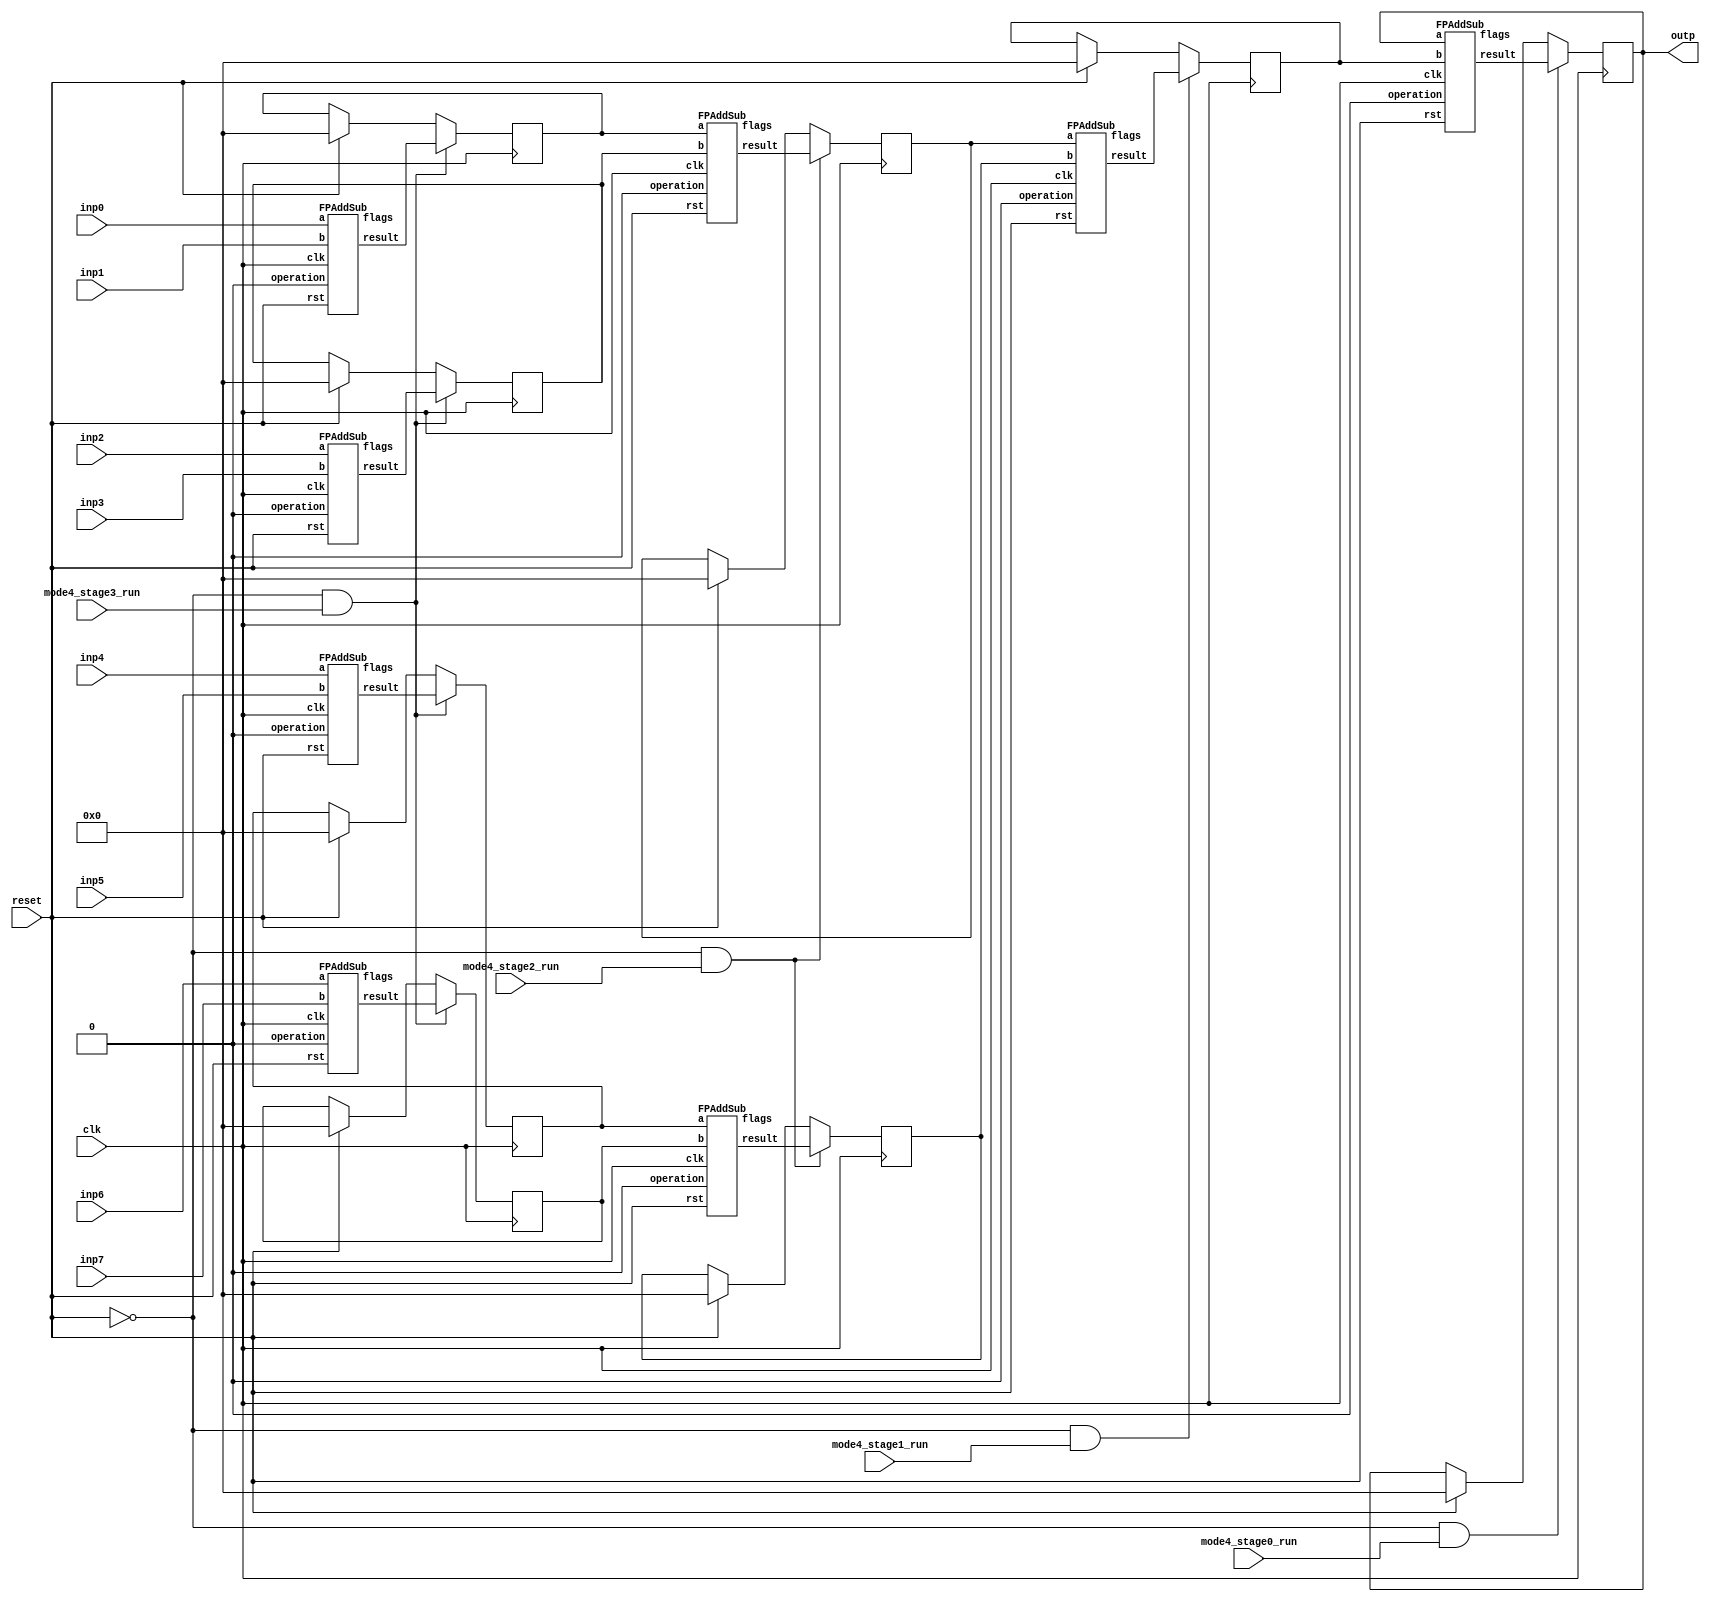
`define DEFINES_DONE
`define EXPONENT 5
`define MANTISSA 10
`define SIGN 1
`define DATAWIDTH (`SIGN+`EXPONENT+`MANTISSA)
`define IEEE_COMPLIANCE 1
`define NUM 8
`define ADDRSIZE 7
`define ADDRSIZE_FOR_TB 10
`define EXPONENT 5
`define MANTISSA 10
`define ACTUAL_MANTISSA 11
`define EXPONENT_LSB 10
`define EXPONENT_MSB 14
`define MANTISSA_LSB 0
`define MANTISSA_MSB 9
`define MANTISSA_MUL_SPLIT_LSB 3
`define MANTISSA_MUL_SPLIT_MSB 9
`define SIGN 1
`define SIGN_LOC 15
`define DWIDTH (`SIGN+`EXPONENT+`MANTISSA)
`define IEEE_COMPLIANCE 1
`define EXPONENT 5
`define MANTISSA 10
`define ACTUAL_MANTISSA 11
`define EXPONENT_LSB 10
`define EXPONENT_MSB 14
`define MANTISSA_LSB 0
`define MANTISSA_MSB 9
`define MANTISSA_MUL_SPLIT_LSB 3
`define MANTISSA_MUL_SPLIT_MSB 9
`define SIGN 1
`define SIGN_LOC 15
`define DWIDTH (`SIGN+`EXPONENT+`MANTISSA)
`define IEEE_COMPLIANCE 1
`define EXPONENT 5
`define MANTISSA 10
`define ACTUAL_MANTISSA 11
`define EXPONENT_LSB 10
`define EXPONENT_MSB 14
`define MANTISSA_LSB 0
`define MANTISSA_MSB 9
`define MANTISSA_MUL_SPLIT_LSB 3
`define MANTISSA_MUL_SPLIT_MSB 9
`define SIGN 1
`define SIGN_LOC 15
`define DWIDTH (`SIGN+`EXPONENT+`MANTISSA)
`define IEEE_COMPLIANCE 1

module mode4_adder_tree(
  inp0, 
  inp1, 
  inp2, 
  inp3, 
  inp4, 
  inp5, 
  inp6, 
  inp7, 
  mode4_stage0_run,
  mode4_stage1_run,
  mode4_stage2_run,
  mode4_stage3_run,

  clk,
  reset,
  outp
);

  input clk;
  input reset;
  input  [`DATAWIDTH-1 : 0] inp0; 
  input  [`DATAWIDTH-1 : 0] inp1; 
  input  [`DATAWIDTH-1 : 0] inp2; 
  input  [`DATAWIDTH-1 : 0] inp3; 
  input  [`DATAWIDTH-1 : 0] inp4; 
  input  [`DATAWIDTH-1 : 0] inp5; 
  input  [`DATAWIDTH-1 : 0] inp6; 
  input  [`DATAWIDTH-1 : 0] inp7; 
  output [`DATAWIDTH-1 : 0] outp;
  input mode4_stage0_run;
  input mode4_stage1_run;
  input mode4_stage2_run;
  input mode4_stage3_run;

  wire   [`DATAWIDTH-1 : 0] add0_out_stage3;
  reg    [`DATAWIDTH-1 : 0] add0_out_stage3_reg;
  wire   [`DATAWIDTH-1 : 0] add1_out_stage3;
  reg    [`DATAWIDTH-1 : 0] add1_out_stage3_reg;
  wire   [`DATAWIDTH-1 : 0] add2_out_stage3;
  reg    [`DATAWIDTH-1 : 0] add2_out_stage3_reg;
  wire   [`DATAWIDTH-1 : 0] add3_out_stage3;
  reg    [`DATAWIDTH-1 : 0] add3_out_stage3_reg;

  wire   [`DATAWIDTH-1 : 0] add0_out_stage2;
  reg    [`DATAWIDTH-1 : 0] add0_out_stage2_reg;
  wire   [`DATAWIDTH-1 : 0] add1_out_stage2;
  reg    [`DATAWIDTH-1 : 0] add1_out_stage2_reg;

  wire   [`DATAWIDTH-1 : 0] add0_out_stage1;
  reg    [`DATAWIDTH-1 : 0] add0_out_stage1_reg;

  wire   [`DATAWIDTH-1 : 0] add0_out_stage0;
  reg    [`DATAWIDTH-1 : 0] outp;

//  always @(posedge clk) begin
//    if (reset) begin
//      outp <= 0;
//      add0_out_stage3_reg <= 0;
//      add1_out_stage3_reg <= 0;
//      add2_out_stage3_reg <= 0;
//      add3_out_stage3_reg <= 0;
//      add0_out_stage2_reg <= 0;
//      add1_out_stage2_reg <= 0;
//      add0_out_stage1_reg <= 0;
//    end
//
//    if(~reset && mode4_stage3_run) begin
//      add0_out_stage3_reg <= add0_out_stage3;
//      add1_out_stage3_reg <= add1_out_stage3;
//      add2_out_stage3_reg <= add2_out_stage3;
//      add3_out_stage3_reg <= add3_out_stage3;
//    end
//
//    if(~reset && mode4_stage2_run) begin
//      add0_out_stage2_reg <= add0_out_stage2;
//      add1_out_stage2_reg <= add1_out_stage2;
//    end
//
//    if(~reset && mode4_stage1_run) begin
//      add0_out_stage1_reg <= add0_out_stage1;
//    end
//
//    if(~reset && mode4_stage0_run) begin
//      outp <= add0_out_stage0;
//    end
//
//  end


always @ (posedge clk) begin
	if(~reset && mode4_stage3_run) begin
      add0_out_stage3_reg <= add0_out_stage3;
      add1_out_stage3_reg <= add1_out_stage3;
      add2_out_stage3_reg <= add2_out_stage3;
      add3_out_stage3_reg <= add3_out_stage3;
    end
	
	else if (reset) begin
		add0_out_stage3_reg <= 0;
		add1_out_stage3_reg <= 0;
		add2_out_stage3_reg <= 0;
		add3_out_stage3_reg <= 0;
	end
end		

always @ (posedge clk) begin
	if(~reset && mode4_stage2_run) begin
      add0_out_stage2_reg <= add0_out_stage2;
      add1_out_stage2_reg <= add1_out_stage2;
    end
	
	else if (reset) begin
		add0_out_stage2_reg <= 0;
		add1_out_stage2_reg <= 0;
	end
end		

always @ (posedge clk) begin
	if(~reset && mode4_stage1_run) begin
      add0_out_stage1_reg <= add0_out_stage1;
    end
	else if (reset) begin
	add0_out_stage1_reg <= 0;
	end
end

always @ (posedge clk) begin
	if(~reset && mode4_stage0_run) begin
		outp <= add0_out_stage0;
    end
	else if (reset) begin
		outp <= 0;
	end
end	

  wire clk_NC;
  wire rst_NC;
  wire [4:0] flags_NC0, flags_NC1, flags_NC2, flags_NC3;
  wire [4:0] flags_NC4, flags_NC5, flags_NC6, flags_NC7;

  // 0 add, 1 sub
  FPAddSub add0_stage3(.clk(clk), .rst(reset), .a(inp0),	.b(inp1), .operation(1'b0),	.result(add0_out_stage3), .flags(flags_NC0));
  FPAddSub add1_stage3(.clk(clk), .rst(reset), .a(inp2),	.b(inp3), .operation(1'b0),	.result(add1_out_stage3), .flags(flags_NC1));
  FPAddSub add2_stage3(.clk(clk), .rst(reset), .a(inp4),	.b(inp5), .operation(1'b0),	.result(add2_out_stage3), .flags(flags_NC2));
  FPAddSub add3_stage3(.clk(clk), .rst(reset), .a(inp6),	.b(inp7), .operation(1'b0),	.result(add3_out_stage3), .flags(flags_NC3));

  FPAddSub add0_stage2(.clk(clk), .rst(reset), .a(add0_out_stage3_reg),	.b(add1_out_stage3_reg), .operation(1'b0),	.result(add0_out_stage2), .flags(flags_NC4));
  FPAddSub add1_stage2(.clk(clk), .rst(reset), .a(add2_out_stage3_reg),	.b(add3_out_stage3_reg), .operation(1'b0),	.result(add1_out_stage2), .flags(flags_NC5));

  FPAddSub add0_stage1(.clk(clk), .rst(reset), .a(add0_out_stage2_reg),	.b(add1_out_stage2_reg), .operation(1'b0),	.result(add0_out_stage1), .flags(flags_NC6));

  FPAddSub add0_stage0(.clk(clk), .rst(reset), .a(outp),	.b(add0_out_stage1_reg), .operation(1'b0),	.result(add0_out_stage0), .flags(flags_NC7));


//  DW_fp_add #(`MANTISSA, `EXPONENT, `IEEE_COMPLIANCE) add0_stage3(.a(inp0),       .b(inp1),      .z(add0_out_stage3), .rnd(3'b000),    .status());
//  DW_fp_add #(`MANTISSA, `EXPONENT, `IEEE_COMPLIANCE) add1_stage3(.a(inp2),       .b(inp3),      .z(add1_out_stage3), .rnd(3'b000),    .status());
//  DW_fp_add #(`MANTISSA, `EXPONENT, `IEEE_COMPLIANCE) add2_stage3(.a(inp4),       .b(inp5),      .z(add2_out_stage3), .rnd(3'b000),    .status());
//  DW_fp_add #(`MANTISSA, `EXPONENT, `IEEE_COMPLIANCE) add3_stage3(.a(inp6),       .b(inp7),      .z(add3_out_stage3), .rnd(3'b000),    .status());
//
//  DW_fp_add #(`MANTISSA, `EXPONENT, `IEEE_COMPLIANCE) add0_stage2(.a(add0_out_stage3_reg),       .b(add1_out_stage3_reg),      .z(add0_out_stage2), .rnd(3'b000),    .status());
//  DW_fp_add #(`MANTISSA, `EXPONENT, `IEEE_COMPLIANCE) add1_stage2(.a(add2_out_stage3_reg),       .b(add3_out_stage3_reg),      .z(add1_out_stage2), .rnd(3'b000),    .status());
//
//  DW_fp_add #(`MANTISSA, `EXPONENT, `IEEE_COMPLIANCE) add0_stage1(.a(add0_out_stage2_reg),       .b(add1_out_stage2_reg),      .z(add0_out_stage1), .rnd(3'b000),    .status());
//
//  DW_fp_add #(`MANTISSA, `EXPONENT, `IEEE_COMPLIANCE) add0_stage0(.a(outp),       .b(add0_out_stage1_reg),      .z(add0_out_stage0), .rnd(3'b000),    .status());

endmodule

module FPAddSub(
		clk,
		rst,
		a,
		b,
		operation,			// 0 add, 1 sub
		result,
		flags
	);
	
	// Clock and reset
	input clk ;										// Clock signal
	input rst ;										// Reset (active high, resets pipeline registers)
	
	// Input ports
	input [`DWIDTH-1:0] a ;								// Input A, a 32-bit floating point number
	input [`DWIDTH-1:0] b ;								// Input B, a 32-bit floating point number
	input operation ;								// Operation select signal
	
	// Output ports
	output [`DWIDTH-1:0] result ;						// Result of the operation
	output [4:0] flags ;							// Flags indicating exceptions according to IEEE754
	
	assign flags = 5'b0;
	
`ifdef complex_dsp
adder_fp_clk u_add(.clk(clk), .a(a), .b(b),.out(result));
`else
FPAddSub_16 u_FPAddSub (.clk(clk), .rst(rst), .a(a), .b(b), .operation(1'b0), .result(result), .flags());
`endif
endmodule
module FPAddSub_16(
		//bf16,
		clk,
		rst,
		a,
		b,
		operation,			// 0 add, 1 sub
		result,
		flags
	);
	//input bf16; //1 for Bfloat16, 0 for IEEE half precision

	// Clock and reset
	input clk ;										// Clock signal
	input rst ;										// Reset (active high, resets pipeline registers)
	
	// Input ports
	input [`DWIDTH-1:0] a ;								// Input A, a 32-bit floating point number
	input [`DWIDTH-1:0] b ;								// Input B, a 32-bit floating point number
	input operation ;								// Operation select signal
	
	// Output ports
	output [`DWIDTH-1:0] result ;						// Result of the operation
	output [4:0] flags ;							// Flags indicating exceptions according to IEEE754
	
	// Pipeline Registers
	//reg [79:0] pipe_1;							// Pipeline register PreAlign->Align1
	reg [2*`EXPONENT + 2*`DWIDTH + 5:0] pipe_1;							// Pipeline register PreAlign->Align1

	//reg [67:0] pipe_2;							// Pipeline register Align1->Align3
	//reg [2*`EXPONENT+ 2*`MANTISSA + 8:0] pipe_2;							// Pipeline register Align1->Align3
	wire [2*`EXPONENT+ 2*`MANTISSA + 8:0] pipe_2;

	//reg [76:0] pipe_3;	68						// Pipeline register Align1->Align3
	reg [2*`EXPONENT+ 2*`MANTISSA + 9:0] pipe_3;							// Pipeline register Align1->Align3

	//reg [69:0] pipe_4;							// Pipeline register Align3->Execute
	//reg [2*`EXPONENT+ 2*`MANTISSA + 9:0] pipe_4;							// Pipeline register Align3->Execute
	wire [2*`EXPONENT+ 2*`MANTISSA + 9:0] pipe_4;
	
	//reg [51:0] pipe_5;							// Pipeline register Execute->Normalize
	reg [`DWIDTH+`EXPONENT+11:0] pipe_5;							// Pipeline register Execute->Normalize

	//reg [56:0] pipe_6;							// Pipeline register Nomalize->NormalizeShift1
	//reg [`DWIDTH+`EXPONENT+16:0] pipe_6;							// Pipeline register Nomalize->NormalizeShift1
	wire [`DWIDTH+`EXPONENT+16:0] pipe_6;

	//reg [56:0] pipe_7;							// Pipeline register NormalizeShift2->NormalizeShift3
	//reg [`DWIDTH+`EXPONENT+16:0] pipe_7;							// Pipeline register NormalizeShift2->NormalizeShift3
	wire [`DWIDTH+`EXPONENT+16:0] pipe_7;
	//reg [54:0] pipe_8;							// Pipeline register NormalizeShift3->Round
	reg [`EXPONENT*2+`MANTISSA+15:0] pipe_8;							// Pipeline register NormalizeShift3->Round

	//reg [40:0] pipe_9;							// Pipeline register NormalizeShift3->Round
	//reg [`DWIDTH+8:0] pipe_9;							// Pipeline register NormalizeShift3->Round
	wire [`DWIDTH+8:0] pipe_9;

	// Internal wires between modules
	wire [`DWIDTH-2:0] Aout_0 ;							// A - sign
	wire [`DWIDTH-2:0] Bout_0 ;							// B - sign
	wire Opout_0 ;									// A's sign
	wire Sa_0 ;										// A's sign
	wire Sb_0 ;										// B's sign
	wire MaxAB_1 ;									// Indicates the larger of A and B(0/A, 1/B)
	wire [`EXPONENT-1:0] CExp_1 ;							// Common Exponent
	wire [`EXPONENT-1:0] Shift_1 ;							// Number of steps to smaller mantissa shift right (align)
	wire [`MANTISSA-1:0] Mmax_1 ;							// Larger mantissa
	wire [4:0] InputExc_0 ;						// Input numbers are exceptions
	wire [2*`EXPONENT-1:0] ShiftDet_0 ;
	wire [`MANTISSA-1:0] MminS_1 ;						// Smaller mantissa after 0/16 shift
	wire [`MANTISSA:0] MminS_2 ;						// Smaller mantissa after 0/4/8/12 shift
	wire [`MANTISSA:0] Mmin_3 ;							// Smaller mantissa after 0/1/2/3 shift
	wire [`DWIDTH:0] Sum_4 ;
	wire PSgn_4 ;
	wire Opr_4 ;
	wire [`EXPONENT-1:0] Shift_5 ;							// Number of steps to shift sum left (normalize)
	wire [`DWIDTH:0] SumS_5 ;							// Sum after 0/16 shift
	wire [`DWIDTH:0] SumS_6 ;							// Sum after 0/16 shift
	wire [`DWIDTH:0] SumS_7 ;							// Sum after 0/16 shift
	wire [`MANTISSA-1:0] NormM_8 ;						// Normalized mantissa
	wire [`EXPONENT:0] NormE_8;							// Adjusted exponent
	wire ZeroSum_8 ;								// Zero flag
	wire NegE_8 ;									// Flag indicating negative exponent
	wire R_8 ;										// Round bit
	wire S_8 ;										// Final sticky bit
	wire FG_8 ;										// Final sticky bit
	wire [`DWIDTH-1:0] P_int ;
	wire EOF ;
	
	// Prepare the operands for alignment and check for exceptions
	FPAddSub_PrealignModule PrealignModule
	(	// Inputs
		a, b, operation,
		// Outputs
		Sa_0, Sb_0, ShiftDet_0[2*`EXPONENT-1:0], InputExc_0[4:0], Aout_0[`DWIDTH-2:0], Bout_0[`DWIDTH-2:0], Opout_0) ;
		
	// Prepare the operands for alignment and check for exceptions
	FPAddSub_AlignModule AlignModule
	(	// Inputs
		pipe_1[2*`EXPONENT + 2*`DWIDTH + 4: 2*`EXPONENT +`DWIDTH + 6], pipe_1[2*`EXPONENT +`DWIDTH + 5 :  2*`EXPONENT +7], pipe_1[2*`EXPONENT+4:5],
		// Outputs
		CExp_1[`EXPONENT-1:0], MaxAB_1, Shift_1[`EXPONENT-1:0], MminS_1[`MANTISSA-1:0], Mmax_1[`MANTISSA-1:0]) ;	

	// Alignment Shift Stage 1
	FPAddSub_AlignShift1 AlignShift1
	(  // Inputs
		//bf16, 
		pipe_2[`MANTISSA-1:0], pipe_2[`EXPONENT+ 2*`MANTISSA + 4 : 2*`MANTISSA + 7],
		// Outputs
		MminS_2[`MANTISSA:0]) ;

	// Alignment Shift Stage 3 and compution of guard and sticky bits
	FPAddSub_AlignShift2 AlignShift2  
	(  // Inputs
		pipe_3[`MANTISSA:0], pipe_3[2*`MANTISSA+7:2*`MANTISSA+6],
		// Outputs
		Mmin_3[`MANTISSA:0]) ;
						
	// Perform mantissa addition
	FPAddSub_ExecutionModule ExecutionModule
	(  // Inputs
		pipe_4[`MANTISSA*2+5:`MANTISSA+6], pipe_4[`MANTISSA:0], pipe_4[2*`EXPONENT+ 2*`MANTISSA + 8], pipe_4[2*`EXPONENT+ 2*`MANTISSA + 7], pipe_4[2*`EXPONENT+ 2*`MANTISSA + 6], pipe_4[2*`EXPONENT+ 2*`MANTISSA + 9],
		// Outputs
		Sum_4[`DWIDTH:0], PSgn_4, Opr_4) ;
	
	// Prepare normalization of result
	FPAddSub_NormalizeModule NormalizeModule
	(  // Inputs
		pipe_5[`DWIDTH:0], 
		// Outputs
		SumS_5[`DWIDTH:0], Shift_5[4:0]) ;
					
	// Normalization Shift Stage 1
	FPAddSub_NormalizeShift1 NormalizeShift1
	(  // Inputs
		pipe_6[`DWIDTH:0], pipe_6[`DWIDTH+`EXPONENT+14:`DWIDTH+`EXPONENT+11],
		// Outputs
		SumS_7[`DWIDTH:0]) ;
		
	// Normalization Shift Stage 3 and final guard, sticky and round bits
	FPAddSub_NormalizeShift2 NormalizeShift2
	(  // Inputs
		pipe_7[`DWIDTH:0], pipe_7[`DWIDTH+`EXPONENT+5:`DWIDTH+6], pipe_7[`DWIDTH+`EXPONENT+15:`DWIDTH+`EXPONENT+11],
		// Outputs
		NormM_8[`MANTISSA-1:0], NormE_8[`EXPONENT:0], ZeroSum_8, NegE_8, R_8, S_8, FG_8) ;

	// Round and put result together
	FPAddSub_RoundModule RoundModule
	(  // Inputs
		 pipe_8[3], pipe_8[4+`EXPONENT:4], pipe_8[`EXPONENT+`MANTISSA+4:5+`EXPONENT], pipe_8[1], pipe_8[0], pipe_8[`EXPONENT*2+`MANTISSA+15], pipe_8[`EXPONENT*2+`MANTISSA+12], pipe_8[`EXPONENT*2+`MANTISSA+11], pipe_8[`EXPONENT*2+`MANTISSA+14], pipe_8[`EXPONENT*2+`MANTISSA+10], 
		// Outputs
		P_int[`DWIDTH-1:0], EOF) ;
	
	// Check for exceptions
	FPAddSub_ExceptionModule Exceptionmodule
	(  // Inputs
		pipe_9[8+`DWIDTH:9], pipe_9[8], pipe_9[7], pipe_9[6], pipe_9[5:1], pipe_9[0], 
		// Outputs
		result[`DWIDTH-1:0], flags[4:0]) ;			
	

assign pipe_2 = {pipe_1[2*`EXPONENT + 2*`DWIDTH + 5], pipe_1[2*`EXPONENT +6:2*`EXPONENT +5], MaxAB_1, CExp_1[`EXPONENT-1:0], Shift_1[`EXPONENT-1:0], Mmax_1[`MANTISSA-1:0], pipe_1[4:0], MminS_1[`MANTISSA-1:0]} ;
assign pipe_4 = {pipe_3[2*`EXPONENT+ 2*`MANTISSA + 9:`MANTISSA+1], Mmin_3[`MANTISSA:0]} ;
assign pipe_6 = {pipe_5[`DWIDTH+`EXPONENT+11], Shift_5[4:0], pipe_5[`DWIDTH+`EXPONENT+10:`DWIDTH+1], SumS_5[`DWIDTH:0]} ;
assign pipe_7 = {pipe_6[`DWIDTH+`EXPONENT+16:`DWIDTH+1], SumS_7[`DWIDTH:0]} ;
assign pipe_9 = {P_int[`DWIDTH-1:0], pipe_8[2], pipe_8[1], pipe_8[0], pipe_8[`EXPONENT+`MANTISSA+9:`EXPONENT+`MANTISSA+5], EOF} ;

	always @ (posedge clk) begin	
		if(rst) begin
			pipe_1 <= 0;
			//pipe_2 <= 0;
			pipe_3 <= 0;
			//pipe_4 <= 0;
			pipe_5 <= 0;
			//pipe_6 <= 0;
			//pipe_7 <= 0;
			pipe_8 <= 0;
			//pipe_9 <= 0;
		end 
		else begin
/* PIPE_1:
	[2*`EXPONENT + 2*`DWIDTH + 5]  Opout_0
	[2*`EXPONENT + 2*`DWIDTH + 4: 2*`EXPONENT +`DWIDTH + 6] A_out0
	[2*`EXPONENT +`DWIDTH + 5 :  2*`EXPONENT +7] Bout_0
	[2*`EXPONENT +6] Sa_0
	[2*`EXPONENT +5] Sb_0
	[2*`EXPONENT +4 : 5] ShiftDet_0
	[4:0] Input Exc
*/
			pipe_1 <= {Opout_0, Aout_0[`DWIDTH-2:0], Bout_0[`DWIDTH-2:0], Sa_0, Sb_0, ShiftDet_0[2*`EXPONENT -1:0], InputExc_0[4:0]} ;	
/* PIPE_2
[2*`EXPONENT+ 2*`MANTISSA + 8] operation
[2*`EXPONENT+ 2*`MANTISSA + 7] Sa_0
[2*`EXPONENT+ 2*`MANTISSA + 6] Sb_0
[2*`EXPONENT+ 2*`MANTISSA + 5] MaxAB_0
[2*`EXPONENT+ 2*`MANTISSA + 4:`EXPONENT+ 2*`MANTISSA + 5] CExp_0
[`EXPONENT+ 2*`MANTISSA + 4 : 2*`MANTISSA + 5] Shift_0
[2*`MANTISSA + 4:`MANTISSA + 5] Mmax_0
[`MANTISSA + 4 : `MANTISSA] InputExc_0
[`MANTISSA-1:0] MminS_1
*/
			//pipe_2 <= {pipe_1[2*`EXPONENT + 2*`DWIDTH + 5], pipe_1[2*`EXPONENT +6:2*`EXPONENT +5], MaxAB_1, CExp_1[`EXPONENT-1:0], Shift_1[`EXPONENT-1:0], Mmax_1[`MANTISSA-1:0], pipe_1[4:0], MminS_1[`MANTISSA-1:0]} ;	
/* PIPE_3
[2*`EXPONENT+ 2*`MANTISSA + 9] operation
[2*`EXPONENT+ 2*`MANTISSA + 8] Sa_0
[2*`EXPONENT+ 2*`MANTISSA + 7] Sb_0
[2*`EXPONENT+ 2*`MANTISSA + 6] MaxAB_0
[2*`EXPONENT+ 2*`MANTISSA + 5:`EXPONENT+ 2*`MANTISSA + 6] CExp_0
[`EXPONENT+ 2*`MANTISSA + 5 : 2*`MANTISSA + 6] Shift_0
[2*`MANTISSA + 5:`MANTISSA + 6] Mmax_0
[`MANTISSA + 5 : `MANTISSA + 1] InputExc_0
[`MANTISSA:0] MminS_2
*/
			pipe_3 <= {pipe_2[2*`EXPONENT+ 2*`MANTISSA + 8:`MANTISSA], MminS_2[`MANTISSA:0]} ;	
/* PIPE_4
[2*`EXPONENT+ 2*`MANTISSA + 9] operation
[2*`EXPONENT+ 2*`MANTISSA + 8] Sa_0
[2*`EXPONENT+ 2*`MANTISSA + 7] Sb_0
[2*`EXPONENT+ 2*`MANTISSA + 6] MaxAB_0
[2*`EXPONENT+ 2*`MANTISSA + 5:`EXPONENT+ 2*`MANTISSA + 6] CExp_0
[`EXPONENT+ 2*`MANTISSA + 5 : 2*`MANTISSA + 6] Shift_0
[2*`MANTISSA + 5:`MANTISSA + 6] Mmax_0
[`MANTISSA + 5 : `MANTISSA + 1] InputExc_0
[`MANTISSA:0] MminS_3
*/				
			//pipe_4 <= {pipe_3[2*`EXPONENT+ 2*`MANTISSA + 9:`MANTISSA+1], Mmin_3[`MANTISSA:0]} ;	
/* PIPE_5 :
[`DWIDTH+ `EXPONENT + 11] operation
[`DWIDTH+ `EXPONENT + 10] PSgn_4
[`DWIDTH+ `EXPONENT + 9] Opr_4
[`DWIDTH+ `EXPONENT + 8] Sa_0
[`DWIDTH+ `EXPONENT + 7] Sb_0
[`DWIDTH+ `EXPONENT + 6] MaxAB_0
[`DWIDTH+ `EXPONENT + 5 :`DWIDTH+6] CExp_0
[`DWIDTH+5:`DWIDTH+1] InputExc_0
[`DWIDTH:0] Sum_4
*/					
			pipe_5 <= {pipe_4[2*`EXPONENT+ 2*`MANTISSA + 9], PSgn_4, Opr_4, pipe_4[2*`EXPONENT+ 2*`MANTISSA + 8:`EXPONENT+ 2*`MANTISSA + 6], pipe_4[`MANTISSA+5:`MANTISSA+1], Sum_4[`DWIDTH:0]} ;
/* PIPE_6 :
[`DWIDTH+ `EXPONENT + 16] operation
[`DWIDTH+ `EXPONENT + 15:`DWIDTH+ `EXPONENT + 11] Shift_5
[`DWIDTH+ `EXPONENT + 10] PSgn_4
[`DWIDTH+ `EXPONENT + 9] Opr_4
[`DWIDTH+ `EXPONENT + 8] Sa_0
[`DWIDTH+ `EXPONENT + 7] Sb_0
[`DWIDTH+ `EXPONENT + 6] MaxAB_0
[`DWIDTH+ `EXPONENT + 5 :`DWIDTH+6] CExp_0
[`DWIDTH+5:`DWIDTH+1] InputExc_0
[`DWIDTH:0] Sum_4
*/				
			//pipe_6 <= {pipe_5[`DWIDTH+`EXPONENT+11], Shift_5[4:0], pipe_5[`DWIDTH+`EXPONENT+10:`DWIDTH+1], SumS_5[`DWIDTH:0]} ;	
/* PIPE_7 :
[`DWIDTH+ `EXPONENT + 16] operation
[`DWIDTH+ `EXPONENT + 15:`DWIDTH+ `EXPONENT + 11] Shift_5
[`DWIDTH+ `EXPONENT + 10] PSgn_4
[`DWIDTH+ `EXPONENT + 9] Opr_4
[`DWIDTH+ `EXPONENT + 8] Sa_0
[`DWIDTH+ `EXPONENT + 7] Sb_0
[`DWIDTH+ `EXPONENT + 6] MaxAB_0
[`DWIDTH+ `EXPONENT + 5 :`DWIDTH+6] CExp_0
[`DWIDTH+5:`DWIDTH+1] InputExc_0
[`DWIDTH:0] Sum_4
*/						
			//pipe_7 <= {pipe_6[`DWIDTH+`EXPONENT+16:`DWIDTH+1], SumS_7[`DWIDTH:0]} ;	
/* PIPE_8:
[2*`EXPONENT + `MANTISSA + 15] FG_8 
[2*`EXPONENT + `MANTISSA + 14] operation
[2*`EXPONENT + `MANTISSA + 13] PSgn_4
[2*`EXPONENT + `MANTISSA + 12] Sa_0
[2*`EXPONENT + `MANTISSA + 11] Sb_0
[2*`EXPONENT + `MANTISSA + 10] MaxAB_0
[2*`EXPONENT + `MANTISSA + 9:`EXPONENT + `MANTISSA + 10] CExp_0
[`EXPONENT + `MANTISSA + 9:`EXPONENT + `MANTISSA + 5] InputExc_8
[`EXPONENT + `MANTISSA + 4 :`EXPONENT + 5] NormM_8 
[`EXPONENT + 4 :4] NormE_8
[3] ZeroSum_8
[2] NegE_8
[1] R_8
[0] S_8
*/				
			pipe_8 <= {FG_8, pipe_7[`DWIDTH+`EXPONENT+16], pipe_7[`DWIDTH+`EXPONENT+10], pipe_7[`DWIDTH+`EXPONENT+8:`DWIDTH+1], NormM_8[`MANTISSA-1:0], NormE_8[`EXPONENT:0], ZeroSum_8, NegE_8, R_8, S_8} ;	
/* pipe_9:
[`DWIDTH + 8 :9] P_int
[8] NegE_8
[7] R_8
[6] S_8
[5:1] InputExc_8
[0] EOF
*/				
			//pipe_9 <= {P_int[`DWIDTH-1:0], pipe_8[2], pipe_8[1], pipe_8[0], pipe_8[`EXPONENT+`MANTISSA+9:`EXPONENT+`MANTISSA+5], EOF} ;	
		end
	end		
	
endmodule
module FPAddSub_ExceptionModule(
		Z,
		NegE,
		R,
		S,
		InputExc,
		EOF,
		P,
		Flags
    );
	 
	// Input ports
	input [`DWIDTH-1:0] Z	;					// Final product
	input NegE ;						// Negative exponent?
	input R ;							// Round bit
	input S ;							// Sticky bit
	input [4:0] InputExc ;			// Exceptions in inputs A and B
	input EOF ;
	
	// Output ports
	output [`DWIDTH-1:0] P ;					// Final result
	output [4:0] Flags ;				// Exception flags
	
	// Internal signals
	wire Overflow ;					// Overflow flag
	wire Underflow ;					// Underflow flag
	wire DivideByZero ;				// Divide-by-Zero flag (always 0 in Add/Sub)
	wire Invalid ;						// Invalid inputs or result
	wire Inexact ;						// Result is inexact because of rounding
	
	// Exception flags
	
	// Result is too big to be represented
	assign Overflow = EOF | InputExc[1] | InputExc[0] ;
	
	// Result is too small to be represented
	assign Underflow = NegE & (R | S);
	
	// Infinite result computed exactly from finite operands
	assign DivideByZero = &(Z[`MANTISSA+`EXPONENT-1:`MANTISSA]) & ~|(Z[`MANTISSA+`EXPONENT-1:`MANTISSA]) & ~InputExc[1] & ~InputExc[0];
	
	// Invalid inputs or operation
	assign Invalid = |(InputExc[4:2]) ;
	
	// Inexact answer due to rounding, overflow or underflow
	assign Inexact = (R | S) | Overflow | Underflow;
	
	// Put pieces together to form final result
	assign P = Z ;
	
	// Collect exception flags	
	assign Flags = {Overflow, Underflow, DivideByZero, Invalid, Inexact} ; 	
	
endmodule
module FPAddSub_RoundModule(
		ZeroSum,
		NormE,
		NormM,
		R,
		S,
		G,
		Sa,
		Sb,
		Ctrl,
		MaxAB,
		Z,
		EOF
    );

	// Input ports
	input ZeroSum ;					// Sum is zero
	input [`EXPONENT:0] NormE ;				// Normalized exponent
	input [`MANTISSA-1:0] NormM ;				// Normalized mantissa
	input R ;							// Round bit
	input S ;							// Sticky bit
	input G ;
	input Sa ;							// A's sign bit
	input Sb ;							// B's sign bit
	input Ctrl ;						// Control bit (operation)
	input MaxAB ;
	
	// Output ports
	output [`DWIDTH-1:0] Z ;					// Final result
	output EOF ;
	
	// Internal signals
	wire [`MANTISSA:0] RoundUpM ;			// Rounded up sum with room for overflow
	wire [`MANTISSA-1:0] RoundM ;				// The final rounded sum
	wire [`EXPONENT:0] RoundE ;				// Rounded exponent (note extra bit due to poential overflow	)
	wire RoundUp ;						// Flag indicating that the sum should be rounded up
        wire FSgn;
	wire ExpAdd ;						// May have to add 1 to compensate for overflow 
	wire RoundOF ;						// Rounding overflow
	
	wire [`EXPONENT:0]temp_2;
	assign temp_2 = 0;
	// The cases where we need to round upwards (= adding one) in Round to nearest, tie to even
	assign RoundUp = (G & ((R | S) | NormM[0])) ;
	
	// Note that in the other cases (rounding down), the sum is already 'rounded'
	assign RoundUpM = (NormM + 1) ;								// The sum, rounded up by 1
	assign RoundM = (RoundUp ? RoundUpM[`MANTISSA-1:0] : NormM) ; 	// Compute final mantissa	
	assign RoundOF = RoundUp & RoundUpM[`MANTISSA] ; 				// Check for overflow when rounding up

	// Calculate post-rounding exponent
	assign ExpAdd = (RoundOF ? 1'b1 : 1'b0) ; 				// Add 1 to exponent to compensate for overflow
	assign RoundE = ZeroSum ? temp_2 : (NormE + ExpAdd) ; 							// Final exponent

	// If zero, need to determine sign according to rounding
	assign FSgn = (ZeroSum & (Sa ^ Sb)) | (ZeroSum ? (Sa & Sb & ~Ctrl) : ((~MaxAB & Sa) | ((Ctrl ^ Sb) & (MaxAB | Sa)))) ;

	// Assign final result
	assign Z = {FSgn, RoundE[`EXPONENT-1:0], RoundM[`MANTISSA-1:0]} ;
	
	// Indicate exponent overflow
	assign EOF = RoundE[`EXPONENT];
	
endmodule
module FPAddSub_NormalizeShift2(
		PSSum,
		CExp,
		Shift,
		NormM,
		NormE,
		ZeroSum,
		NegE,
		R,
		S,
		FG
	);
	
	// Input ports
	input [`DWIDTH:0] PSSum ;					// The Pre-Shift-Sum
	input [`EXPONENT-1:0] CExp ;
	input [4:0] Shift ;					// Amount to be shifted

	// Output ports
	output [`MANTISSA-1:0] NormM ;				// Normalized mantissa
	output [`EXPONENT:0] NormE ;					// Adjusted exponent
	output ZeroSum ;						// Zero flag
	output NegE ;							// Flag indicating negative exponent
	output R ;								// Round bit
	output S ;								// Final sticky bit
	output FG ;

	// Internal signals
	wire MSBShift ;						// Flag indicating that a second shift is needed
	wire [`EXPONENT:0] ExpOF ;					// MSB set in sum indicates overflow
	wire [`EXPONENT:0] ExpOK ;					// MSB not set, no adjustment
	
	// Calculate normalized exponent and mantissa, check for all-zero sum
	assign MSBShift = PSSum[`DWIDTH] ;		// Check MSB in unnormalized sum
	assign ZeroSum = ~|PSSum ;			// Check for all zero sum
	assign ExpOK = CExp - Shift ;		// Adjust exponent for new normalized mantissa
	assign NegE = ExpOK[`EXPONENT] ;			// Check for exponent overflow
	assign ExpOF = CExp - Shift + 1'b1 ;		// If MSB set, add one to exponent(x2)
	assign NormE = MSBShift ? ExpOF : ExpOK ;			// Check for exponent overflow
	assign NormM = PSSum[`DWIDTH-1:`EXPONENT+1] ;		// The new, normalized mantissa
	
	// Also need to compute sticky and round bits for the rounding stage
	assign FG = PSSum[`EXPONENT] ; 
	assign R = PSSum[`EXPONENT-1] ;
	assign S = |PSSum[`EXPONENT-2:0] ;
	
endmodule
module FPAddSub_NormalizeShift1(
		MminP,
		Shift,
		Mmin
	);
	
	// Input ports
	input [`DWIDTH:0] MminP ;						// Smaller mantissa after 16|12|8|4 shift
	input [3:0] Shift ;						// Shift amount
	
	// Output ports
	output [`DWIDTH:0] Mmin ;						// The smaller mantissa
	
	reg	  [`DWIDTH:0]		Lvl2;
	wire    [2*`DWIDTH+1:0]    Stage1;	
	reg	  [`DWIDTH:0]		Lvl3;
	wire    [2*`DWIDTH+1:0]    Stage2;	
	integer           i;               	// Loop variable
	
	assign Stage1 = {MminP, MminP};

	always @(*) begin    					// Rotate {0 | 4 | 8 | 12} bits
	  case (Shift[3:2])
			// Rotate by 0
			2'b00: Lvl2 <= Stage1[`DWIDTH:0];       		
			// Rotate by 4
			2'b01: begin for (i=33; i>=17; i=i-1) begin Lvl2[i-33] <= Stage1[i-4]; end Lvl2[3:0] <= 0; end
			// Rotate by 8
			2'b10: begin for (i=33; i>=17; i=i-1) begin Lvl2[i-33] <= Stage1[i-8]; end Lvl2[7:0] <= 0; end
			// Rotate by 12
			2'b11: begin for (i=33; i>=17; i=i-1) begin Lvl2[i-33] <= Stage1[i-12]; end Lvl2[11:0] <= 0; end
	  endcase
	end
	
	assign Stage2 = {Lvl2, Lvl2};

	always @(*) begin   				 		// Rotate {0 | 1 | 2 | 3} bits
	  case (Shift[1:0])
			// Rotate by 0
			2'b00:  Lvl3 <= Stage2[`DWIDTH:0];
			// Rotate by 1
			2'b01: begin for (i=33; i>=17; i=i-1) begin Lvl3[i-`DWIDTH-1] <= Stage2[i-1]; end Lvl3[0] <= 0; end 
			// Rotate by 2
			2'b10: begin for (i=33; i>=17; i=i-1) begin Lvl3[i-`DWIDTH-1] <= Stage2[i-2]; end Lvl3[1:0] <= 0; end
			// Rotate by 3
			2'b11: begin for (i=33; i>=17; i=i-1) begin Lvl3[i-`DWIDTH-1] <= Stage2[i-3]; end Lvl3[2:0] <= 0; end
	  endcase
	end
	
	// Assign outputs
	assign Mmin = Lvl3;						// Take out smaller mantissa			
	
endmodule
module FPAddSub_NormalizeModule(
		Sum,
		Mmin,
		Shift
    );

	// Input ports
	input [`DWIDTH:0] Sum ;					// Mantissa sum including hidden 1 and GRS
	
	// Output ports
	output [`DWIDTH:0] Mmin ;					// Mantissa after 16|0 shift
	output [4:0] Shift ;					// Shift amount
	//Changes in this doesn't matter since even Bfloat16 can't go beyond 7 shift to the mantissa (only 3 bits valid here)  
	// Determine normalization shift amount by finding leading nought
	assign Shift =  ( 
		Sum[16] ? 5'b00000 :	 
		Sum[15] ? 5'b00001 : 
		Sum[14] ? 5'b00010 : 
		Sum[13] ? 5'b00011 : 
		Sum[12] ? 5'b00100 : 
		Sum[11] ? 5'b00101 : 
		Sum[10] ? 5'b00110 : 
		Sum[9] ? 5'b00111 :
		Sum[8] ? 5'b01000 :
		Sum[7] ? 5'b01001 :
		Sum[6] ? 5'b01010 :
		Sum[5] ? 5'b01011 :
		Sum[4] ? 5'b01100 : 5'b01101
	//	Sum[19] ? 5'b01101 :
	//	Sum[18] ? 5'b01110 :
	//	Sum[17] ? 5'b01111 :
	//	Sum[16] ? 5'b10000 :
	//	Sum[15] ? 5'b10001 :
	//	Sum[14] ? 5'b10010 :
	//	Sum[13] ? 5'b10011 :
	//	Sum[12] ? 5'b10100 :
	//	Sum[11] ? 5'b10101 :
	//	Sum[10] ? 5'b10110 :
	//	Sum[9] ? 5'b10111 :
	//	Sum[8] ? 5'b11000 :
	//	Sum[7] ? 5'b11001 : 5'b11010
	);
	
	reg	  [`DWIDTH:0]		Lvl1;
	
	always @(*) begin
		// Rotate by 16?
		Lvl1 <= Shift[4] ? {Sum[8:0], 8'b00000000} : Sum; 
	end
	
	// Assign outputs
	assign Mmin = Lvl1;						// Take out smaller mantissa

endmodule
module FPAddSub_ExecutionModule(
		Mmax,
		Mmin,
		Sa,
		Sb,
		MaxAB,
		OpMode,
		Sum,
		PSgn,
		Opr
    );

	// Input ports
	input [`MANTISSA-1:0] Mmax ;					// The larger mantissa
	input [`MANTISSA:0] Mmin ;					// The smaller mantissa
	input Sa ;								// Sign bit of larger number
	input Sb ;								// Sign bit of smaller number
	input MaxAB ;							// Indicates the larger number (0/A, 1/B)
	input OpMode ;							// Operation to be performed (0/Add, 1/Sub)
	
	// Output ports
	output [`DWIDTH:0] Sum ;					// The result of the operation
	output PSgn ;							// The sign for the result
	output Opr ;							// The effective (performed) operation

	wire [`EXPONENT-1:0]temp_1;

	assign Opr = (OpMode^Sa^Sb); 		// Resolve sign to determine operation
	assign temp_1 = 0;
	// Perform effective operation
//SAMIDH_UNSURE 5--> 8

	assign Sum = (OpMode^Sa^Sb) ? ({1'b1, Mmax, temp_1} - {Mmin, temp_1}) : ({1'b1, Mmax, temp_1} + {Mmin, temp_1}) ;
	
	// Assign result sign
	assign PSgn = (MaxAB ? Sb : Sa) ;

endmodule
module FPAddSub_AlignShift2(
		MminP,
		Shift,
		Mmin
	);
	
	// Input ports
	input [`MANTISSA:0] MminP ;						// Smaller mantissa after 16|12|8|4 shift
	input [1:0] Shift ;						// Shift amount. Last 2 bits
	
	// Output ports
	output [`MANTISSA:0] Mmin ;						// The smaller mantissa
	
	// Internal Signal
	reg	  [`MANTISSA:0]		Lvl3;
	wire    [2*`MANTISSA+1:0]    Stage2;	
	integer           j;               // Loop variable
	
	assign Stage2 = {11'b0, MminP};

	always @(*) begin    // Rotate {0 | 1 | 2 | 3} bits
	  case (Shift[1:0])
			// Rotate by 0
			2'b00:  Lvl3 <= Stage2[`MANTISSA:0];   
			// Rotate by 1
			2'b01:  begin for (j=0; j<=`MANTISSA; j=j+1)  begin Lvl3[j] <= Stage2[j+1]; end Lvl3[`MANTISSA] <= 0; end 
			// Rotate by 2
			2'b10:  begin for (j=0; j<=`MANTISSA; j=j+1)  begin Lvl3[j] <= Stage2[j+2]; end Lvl3[`MANTISSA:`MANTISSA-1] <= 0; end 
			// Rotate by 3
			2'b11:  begin for (j=0; j<=`MANTISSA; j=j+1)  begin Lvl3[j] <= Stage2[j+3]; end Lvl3[`MANTISSA:`MANTISSA-2] <= 0; end 	  
	  endcase
	end
	
	// Assign output
	assign Mmin = Lvl3;						// Take out smaller mantissa				

endmodule
module FPAddSub_AlignShift1(
		//bf16,
		MminP,
		Shift,
		Mmin
	);
	
	// Input ports
	//input bf16;
	input [`MANTISSA-1:0] MminP ;						// Smaller mantissa after 16|12|8|4 shift
	input [`EXPONENT-3:0] Shift ;						// Shift amount. Last 2 bits of shifting are done in next stage. Hence, we have [`EXPONENT - 2] bits
	
	// Output ports
	output [`MANTISSA:0] Mmin ;						// The smaller mantissa
	

	wire bf16;
	assign bf16 = 1'b1; //hardcoding to 1, to avoid ODIN issue. a `ifdef here wasn't working. apparently, nested `ifdefs don't work

	// Internal signals
	reg	  [`MANTISSA:0]		Lvl1;
	reg	  [`MANTISSA:0]		Lvl2;
	wire    [2*`MANTISSA+1:0]    Stage1;	
	integer           i;                // Loop variable

	wire [`MANTISSA:0] temp_0; 

assign temp_0 = 0;

	always @(*) begin
		if (bf16 == 1'b1) begin						
//hardcoding for bfloat16
	//For bfloat16, we can shift the mantissa by a max of 7 bits since mantissa has a width of 7. 
	//Hence if either, bit[3]/bit[4]/bit[5]/bit[6]/bit[7] is 1, we can make it 0. This corresponds to bits [5:1] in our updated shift which doesn't contain last 2 bits.
		//Lvl1 <= (Shift[1]|Shift[2]|Shift[3]|Shift[4]|Shift[5]) ? {temp_0} : {1'b1, MminP};  // MANTISSA + 1 width	
		Lvl1 <= (|Shift[`EXPONENT-3:1]) ? {temp_0} : {1'b1, MminP};  // MANTISSA + 1 width	
		end
		else begin
		//for half precision fp16, 10 bits can be shifted. Hence, only shifts till 10 (01010)can be made. 
		Lvl1 <= Shift[2] ? {temp_0} : {1'b1, MminP};
		end
	end
	
	assign Stage1 = { temp_0, Lvl1}; //2*MANTISSA + 2 width

	always @(*) begin    					// Rotate {0 | 4 } bits
	if(bf16 == 1'b1) begin
	  case (Shift[0])
			// Rotate by 0	
			1'b0:  Lvl2 <= Stage1[`MANTISSA:0];       			
			// Rotate by 4	
			1'b1:  begin for (i=0; i<=`MANTISSA; i=i+1) begin Lvl2[i] <= Stage1[i+4]; end Lvl2[`MANTISSA:`MANTISSA-3] <= 0; end
	  endcase
	end
	else begin
	  case (Shift[1:0])					// Rotate {0 | 4 | 8} bits
			// Rotate by 0	
			2'b00:  Lvl2 <= Stage1[`MANTISSA:0];       			
			// Rotate by 4	
			2'b01:  begin for (i=0; i<=`MANTISSA; i=i+1) begin Lvl2[i] <= Stage1[i+4]; end Lvl2[`MANTISSA:`MANTISSA-3] <= 0; end
			// Rotate by 8
			2'b10:  begin for (i=0; i<=`MANTISSA; i=i+1) begin Lvl2[i] <= Stage1[i+8]; end Lvl2[`MANTISSA:`MANTISSA-7] <= 0; end
			// Rotate by 12	
			2'b11: Lvl2[`MANTISSA: 0] <= 0; 
			//2'b11:  begin for (i=0; i<=`MANTISSA; i=i+1) begin Lvl2[i] <= Stage1[i+12]; end Lvl2[`MANTISSA:`MANTISSA-12] <= 0; end
	  endcase
	end
	end

	// Assign output to next shift stage
	assign Mmin = Lvl2;
	
endmodule
module FPAddSub_AlignModule (
		A,
		B,
		ShiftDet,
		CExp,
		MaxAB,
		Shift,
		Mmin,
		Mmax
	);
	
	// Input ports
	input [`DWIDTH-2:0] A ;								// Input A, a 32-bit floating point number
	input [`DWIDTH-2:0] B ;								// Input B, a 32-bit floating point number
	input [2*`EXPONENT-1:0] ShiftDet ;
	
	// Output ports
	output [`EXPONENT-1:0] CExp ;							// Common Exponent
	output MaxAB ;									// Incidates larger of A and B (0/A, 1/B)
	output [`EXPONENT-1:0] Shift ;							// Number of steps to smaller mantissa shift right
	output [`MANTISSA-1:0] Mmin ;							// Smaller mantissa 
	output [`MANTISSA-1:0] Mmax ;							// Larger mantissa
	
	// Internal signals
	//wire BOF ;										// Check for shifting overflow if B is larger
	//wire AOF ;										// Check for shifting overflow if A is larger
	
	assign MaxAB = (A[`DWIDTH-2:0] < B[`DWIDTH-2:0]) ;	
	//assign BOF = ShiftDet[9:5] < 25 ;		// Cannot shift more than 25 bits
	//assign AOF = ShiftDet[4:0] < 25 ;		// Cannot shift more than 25 bits
	
	// Determine final shift value
	//assign Shift = MaxAB ? (BOF ? ShiftDet[9:5] : 5'b11001) : (AOF ? ShiftDet[4:0] : 5'b11001) ;
	
	assign Shift = MaxAB ? ShiftDet[2*`EXPONENT-1:`EXPONENT] : ShiftDet[`EXPONENT-1:0] ;
	
	// Take out smaller mantissa and append shift space
	assign Mmin = MaxAB ? A[`MANTISSA-1:0] : B[`MANTISSA-1:0] ; 
	
	// Take out larger mantissa	
	assign Mmax = MaxAB ? B[`MANTISSA-1:0]: A[`MANTISSA-1:0] ;	
	
	// Common exponent
	assign CExp = (MaxAB ? B[`MANTISSA+`EXPONENT-1:`MANTISSA] : A[`MANTISSA+`EXPONENT-1:`MANTISSA]) ;		
	
endmodule
module FPAddSub_PrealignModule(
		A,
		B,
		operation,
		Sa,
		Sb,
		ShiftDet,
		InputExc,
		Aout,
		Bout,
		Opout
	);
	
	// Input ports
	input [`DWIDTH-1:0] A ;										// Input A, a 32-bit floating point number
	input [`DWIDTH-1:0] B ;										// Input B, a 32-bit floating point number
	input operation ;
	
	// Output ports
	output Sa ;												// A's sign
	output Sb ;												// B's sign
	output [2*`EXPONENT-1:0] ShiftDet ;
	output [4:0] InputExc ;								// Input numbers are exceptions
	output [`DWIDTH-2:0] Aout ;
	output [`DWIDTH-2:0] Bout ;
	output Opout ;
	
	// Internal signals									// If signal is high...
	wire ANaN ;												// A is a NaN (Not-a-Number)
	wire BNaN ;												// B is a NaN
	wire AInf ;												// A is infinity
	wire BInf ;												// B is infinity
	wire [`EXPONENT-1:0] DAB ;										// ExpA - ExpB					
	wire [`EXPONENT-1:0] DBA ;										// ExpB - ExpA	
	
	assign ANaN = &(A[`DWIDTH-2:`DWIDTH-1-`EXPONENT]) & |(A[`MANTISSA-1:0]) ;		// All one exponent and not all zero mantissa - NaN
	assign BNaN = &(B[`DWIDTH-2:`DWIDTH-1-`EXPONENT]) & |(B[`MANTISSA-1:0]);		// All one exponent and not all zero mantissa - NaN
	assign AInf = &(A[`DWIDTH-2:`DWIDTH-1-`EXPONENT]) & ~|(A[`MANTISSA-1:0]) ;	// All one exponent and all zero mantissa - Infinity
	assign BInf = &(B[`DWIDTH-2:`DWIDTH-1-`EXPONENT]) & ~|(B[`MANTISSA-1:0]) ;	// All one exponent and all zero mantissa - Infinity
	
	// Put all flags into exception vector
	assign InputExc = {(ANaN | BNaN | AInf | BInf), ANaN, BNaN, AInf, BInf} ;
	
	//assign DAB = (A[30:23] - B[30:23]) ;
	//assign DBA = (B[30:23] - A[30:23]) ;
	assign DAB = (A[`DWIDTH-2:`MANTISSA] + ~(B[`DWIDTH-2:`MANTISSA]) + 1) ;
	assign DBA = (B[`DWIDTH-2:`MANTISSA] + ~(A[`DWIDTH-2:`MANTISSA]) + 1) ;
	
	assign Sa = A[`DWIDTH-1] ;									// A's sign bit
	assign Sb = B[`DWIDTH-1] ;									// B's sign	bit
	assign ShiftDet = {DBA[`EXPONENT-1:0], DAB[`EXPONENT-1:0]} ;		// Shift data
	assign Opout = operation ;
	assign Aout = A[`DWIDTH-2:0] ;
	assign Bout = B[`DWIDTH-2:0] ;
	
endmodule